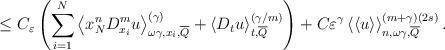
LaTeX: \begin{align*}\leq C_{\varepsilon}\left( {\displaystyle\sum\limits_{i=1}^{N}}\left\langle x_{N}^{n}D_{x_{i}}^{m}u\right\rangle _{\omega\gamma,x_{i},\overline{Q}}^{(\gamma)}+\left\langle D_{t}u\right\rangle_{t,\overline{Q}}^{(\gamma/m)}\right)+C\varepsilon^{\gamma}\left\langle\left\langle u\right\rangle \right\rangle _{n,\omega\gamma,\overline{Q}}^{(m+\gamma)(2s)}. \end{align*}